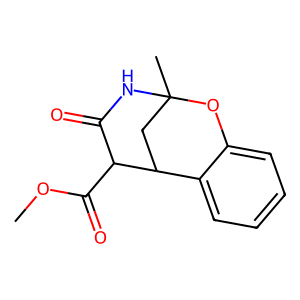
SMILES: COC(=O)C1C(=O)NC2(C)CC1c1ccccc1O2
Inhibits HIV replication: No